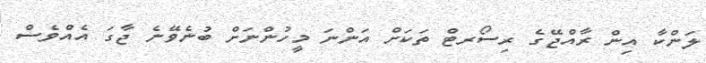
ލަންކާ އިން ރާއްޖޭގެ ރިސޯރޓް ތަކަށް އަންނަ މީހުންނަށް ބުނެވޭނެ ޖާގަ އެއްވެސް